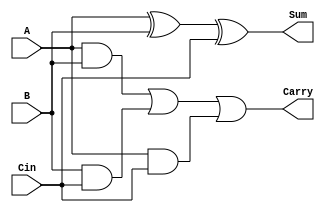
module carry_save_adder #(parameter n = 8) (
    input  [n-1:0] A,      // First n-bit input
    input  [n-1:0] B,      // Second n-bit input
    input  [n-1:0] Cin,     // Carry-in n-bit input
    output [n-1:0] Sum,     // n-bit sum output
    output [n-1:0] Carry     // n-bit carry output
);
    // Intermediate carry signals
    wire [n-1:0] carry_ab;  // Carry from A and B
    wire [n-1:0] carry_bc;  // Carry from B and Cin
    wire [n-1:0] carry_ac;  // Carry from A and Cin

    // Sum calculation using XOR
    assign Sum = A ^ B ^ Cin;

    // Carry calculations using AND and OR
    assign carry_ab = A & B;                    // A AND B
    assign carry_bc = B & Cin;                  // B AND Cin
    assign carry_ac = A & Cin;                  // A AND Cin

    // Final carry output using OR
    assign Carry = carry_ab | carry_bc | carry_ac;

endmodule